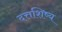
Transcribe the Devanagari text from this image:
दत्तशिष्य